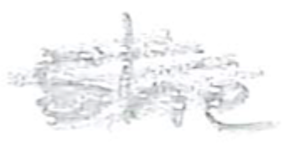
Text: she
Cross-out: mix
Writing tool: pencil